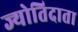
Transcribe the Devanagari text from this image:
ज्योतिदाता